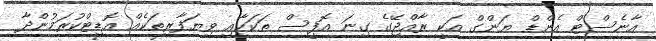
އާނެސްޓް އެންޑް ޔަންގް އަކީ ރާއްޖޭގެ ގިނަ އޮފީސް ތަކަަކާއި ވިޔަފާރިތަކެއް އޮޑިޓްކުރަމުންދާ